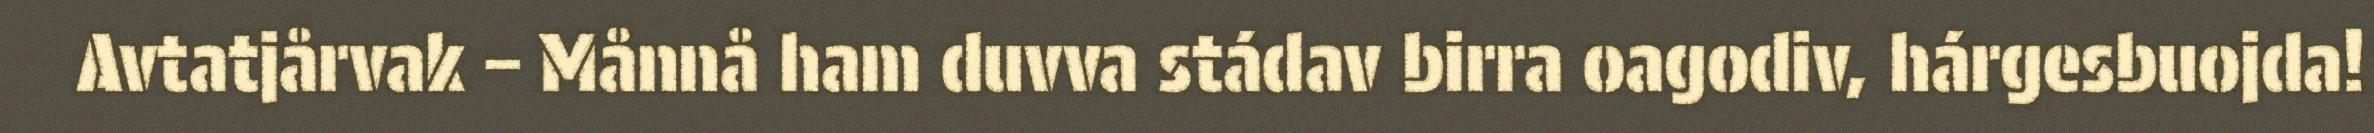
Avtatjårvak – Månnå ham duvva stádav birra oagodiv, hárgesbuojda!